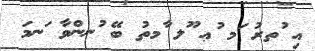
އި ުތރު ަމ ުޢ ޫލ ާމތު ބޭ ުނންވާ ަނމަ